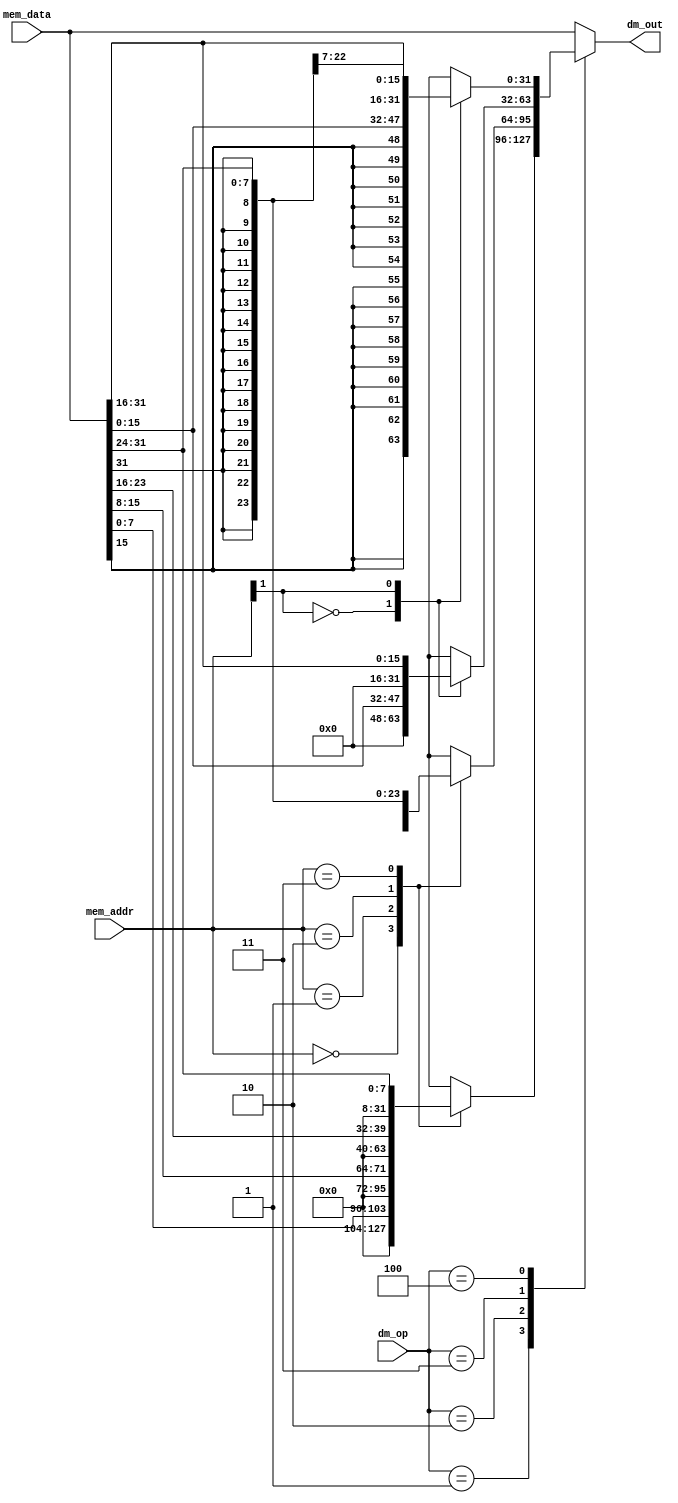
module BE (
    input [ 1:0] mem_addr,  // I	
    input [31:0] mem_data,  // I	 32 
    input [ 2:0] dm_op,     // I	

    output reg [31:0] dm_out  // O	 32 
);
    always @(*) begin
        case (dm_op)
            3'd0: dm_out = mem_data;  // 000:
            3'd1: begin  // 001:
                case (mem_addr[1:0])
                    2'b00:   dm_out = {{24{1'b0}}, mem_data[7:0]};
                    2'b01:   dm_out = {{24{1'b0}}, mem_data[15:8]};
                    2'b10:   dm_out = {{24{1'b0}}, mem_data[23:16]};
                    2'b11:   dm_out = {{24{1'b0}}, mem_data[31:24]};
                    default: dm_out = 0;
                endcase
            end
            3'd2: begin  // 010: lb
                case (mem_addr[1:0])
                    2'b00:   dm_out = {{24{mem_data[7]}}, mem_data[7:0]};
                    2'b01:   dm_out = {{24{mem_data[15]}}, mem_data[15:8]};
                    2'b10:   dm_out = {{24{mem_data[23]}}, mem_data[23:16]};
                    2'b11:   dm_out = {{24{mem_data[31]}}, mem_data[31:24]};
                    default: dm_out = 0;
                endcase
            end
            3'd3: begin  // 011:
                case (mem_addr[1])
                    1'b0: dm_out = {{16{1'b0}}, mem_data[15:0]};
                    1'b1: dm_out = {{16{1'b0}}, mem_data[31:16]};
                    default: dm_out = 0;
                endcase
            end
            3'd4: begin  // 100: lh
                case (mem_addr[1])
                    1'b0: dm_out = {{16{mem_data[15]}}, mem_data[15:0]};
                    1'b1: dm_out = {{16{mem_data[31]}}, mem_data[31:16]};
                    default: dm_out = 0;
                endcase
            end
            default: dm_out = mem_data;
        endcase
    end
endmodule